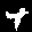
Label: 4